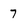
Character: 7